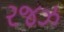
રજઝ